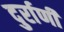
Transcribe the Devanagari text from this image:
दुर्राणी